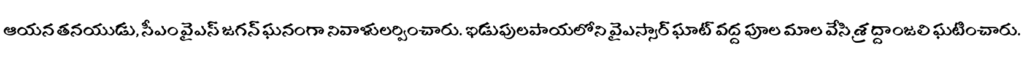
ఆయన తనయుడు, సీఎం వైఎస్ జగన్ ఘనంగా నివాళులర్పించారు. ఇడుపులపాయలోని వైఎస్సార్ ఘాట్ వద్ద పూల మాల వేసి శ్రద్దాంజలి ఘటించారు.